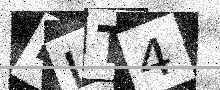
Text: HLT4